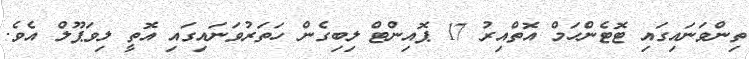
ތިންވަނައިގައި ޓޮޓެންހަމް އޮތްއިރު 17 ޕޮއިންޓް ލިބިގެން ހަަތަރުވަނައިގައި އޮތީ ލިވަޕޫލް އެވެ.